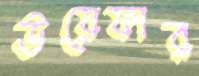
উয়েফার